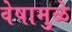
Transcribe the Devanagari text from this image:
वेषामुळे